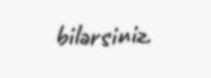
bilərsiniz.